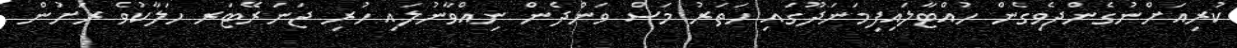
ކުރިއަށްނުގެންދެވިގެން ހުއްޓާލައިފިމަނަދޫގައި ހަތަރު މަސް ވަންދެން ނިއްވާނުލައި ހުރި ޖަނަރޭޓަރ ހަލާކުވެ ރަށުން